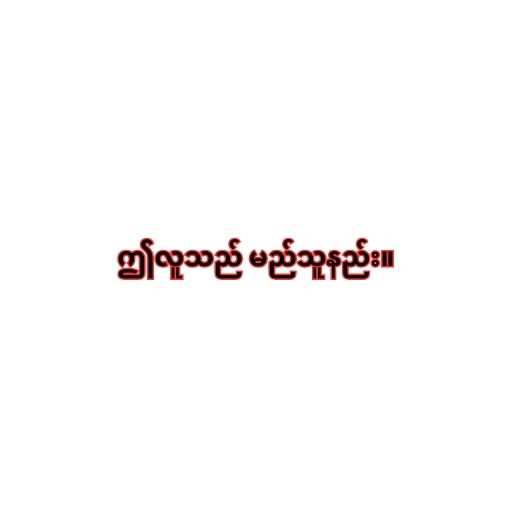
ဤလူသည် မည်သူနည်း။